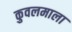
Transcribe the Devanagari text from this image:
कुवलमाला